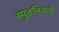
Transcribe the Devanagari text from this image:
स्पुतनिकचे